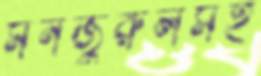
মনজুরুলসহ